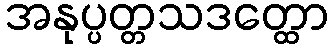
အနုပ္ပတ္တသဒတ္ထော